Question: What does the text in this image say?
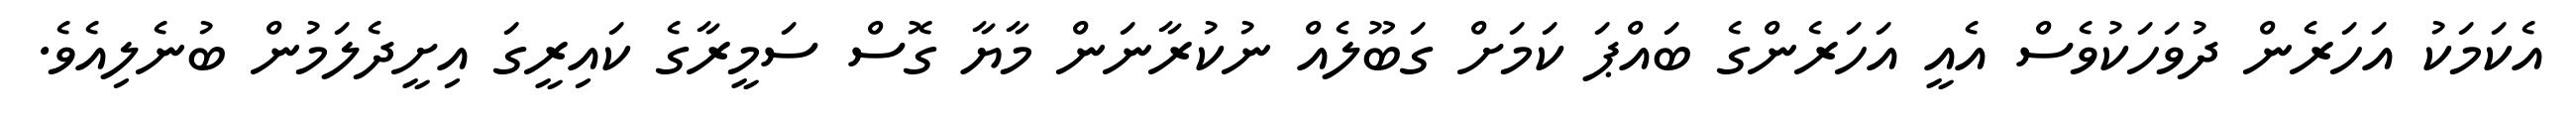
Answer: އެކަމަކު އަހަރެން ދުވަހަކުވެސް އެއީ އަހަރެންގެ ބައްޕަ ކަމަށް ގަބޫލެއް ނުކުރާނަން މާޔާ ގޮސް ސަމީރާގެ ކައިރީގަ އިށީދެލަމުން ބުނެލިއެވެ.